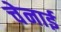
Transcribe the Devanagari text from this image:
चेनाई